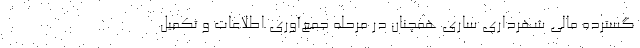
گسترده مالی شهرداری ساری همچنان در مرحله جمع‌آوری اطلاعات و تکمیل